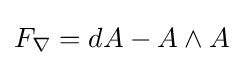
F_{\nabla }=dA-A\wedge A